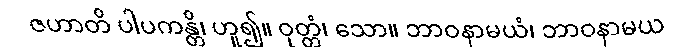
ဇဟာတိ ပါပကန္တိ၊ ဟူ၍။ ဝုတ္တံ၊ သော။ ဘာဝနာမယံ၊ ဘာဝနာမယ